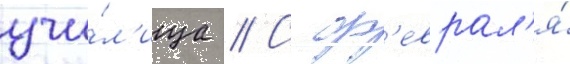
учи́л'ища // С ф'еврал'я́